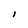
Character: l